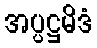
အပ္ပဋ္ဌမိဒံ